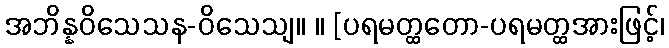
အဘိန္နဝိသေသန-ဝိသေသျ။ ။ [ပရမတ္ထတော-ပရမတ္ထအားဖြင့်၊